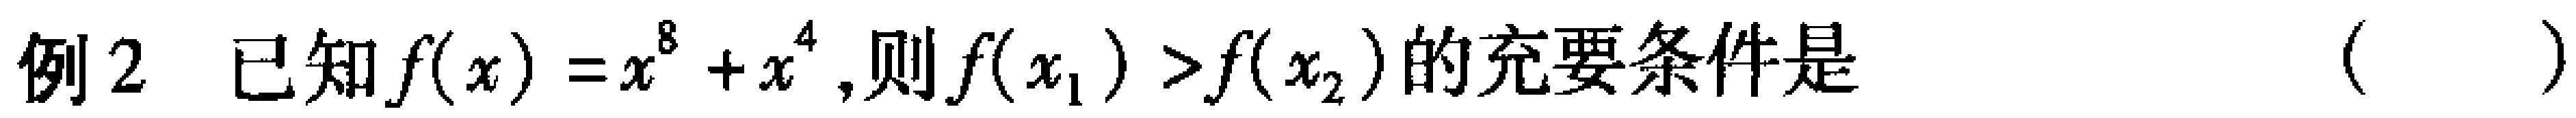
例2 已知$f(x)=x^{8}+x^{4},则f(x_{1})>f(x_{2})的充要条件是（  ）$